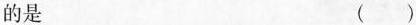
的是 ( )